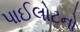
પાઈલોટનો